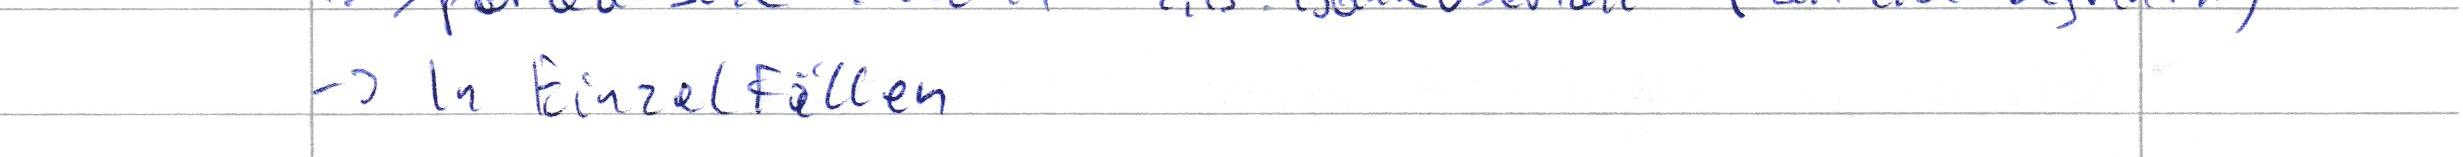
-> In Einzel Fällen